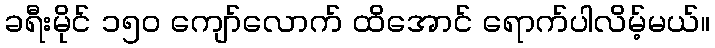
ခရီးမိုင် ၁၅၀ ကျော်လောက် ထိအောင် ရောက်ပါလိမ့်မယ်။